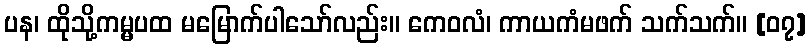
ပန၊ ထိုသို့ကမ္မပထ မမြောက်ပါသော်လည်း။ ကေဝလံ၊ ကာယကံမဖက် သက်သက်။ [၀၇]